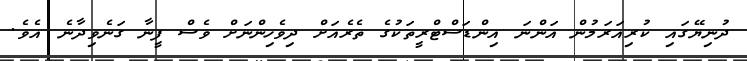
ދުނިޔޭގައި ކުރިއަރަމުން އަންނަ އިންޑަސްޓްރީތަކުގެ ތެރެއަށް ދިވެހިންނަށް ވެސް ފީނާ ގަނެވިދާނެ އެވެ.